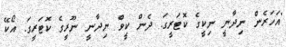
"އަހަރެން ނިދާނީ ނިކީގެ ކޮޓަރީގަ. ދެން ކީވް ނިދާނީ ނޫރީގެ ކޮޓަރީގަ. އޯކޭ